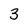
Character: 3